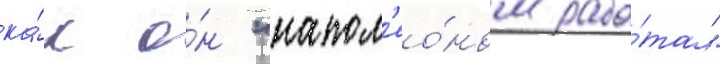
ка́к о́н "напол'ео́ном рабо́тал"